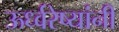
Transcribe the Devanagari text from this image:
ऊर्ध्वरेष्यांनी